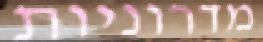
מדרוניות